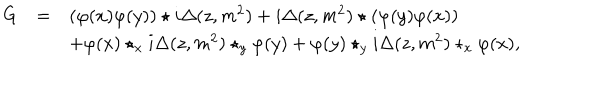
\begin{array} { r c l } { { G } } & { { = } } & { { ( \varphi ( x ) \varphi ( y ) ) \star i \Delta ( z , m ^ { 2 } ) + i \Delta ( z , m ^ { 2 } ) \star ( \varphi ( y ) \varphi ( x ) ) } } \\ { { } } & { { } } & { { + \varphi ( x ) \star _ { x } i \Delta ( z , m ^ { 2 } ) \star _ { y } \varphi ( y ) + \varphi ( y ) \star _ { y } i \Delta ( z , m ^ { 2 } ) \star _ { x } \varphi ( x ) , } } \\ \end{array}